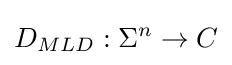
D_{MLD}:\Sigma ^{n}\to C